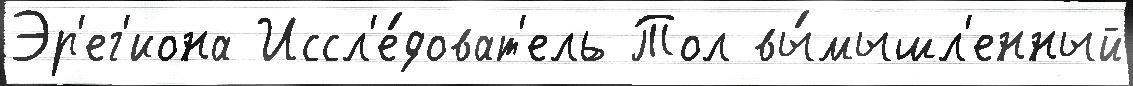
Эр'ег'иона Иссл'е́доват'ель Тол вы́мышл'енный